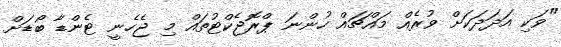
"ވަކި އަދަދަކަށް ވުރެއް މައްޗައް ހުންނަ ޕްރޮޖެކްޓުތައް މި ޖެހެނީ ޓެންޑާ ބޯޑަށް